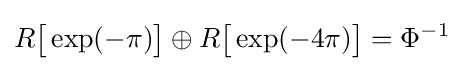
R{\bigl [}\exp(-\pi ){\bigr ]}\oplus R{\bigl [}\exp(-4\pi ){\bigr ]}=\Phi ^{-1}